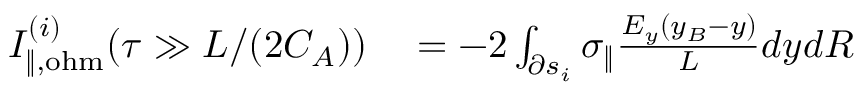
\begin{array} { r l } { I _ { \| , \mathrm { o h m } } ^ { ( i ) } ( \tau \gg L / ( 2 C _ { A } ) ) } & { { } = - 2 \int _ { \partial s _ { i } } \sigma _ { \| } \frac { E _ { y } ( y _ { B } - y ) } { L } d y d R } \end{array}